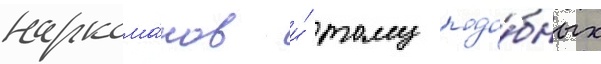
наркома́нов и́ тому подо́бных